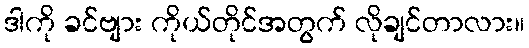
ဒါကို ခင်ဗျား ကိုယ်တိုင်အတွက် လိုချင်တာလား။